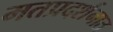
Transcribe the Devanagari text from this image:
मतप्रदर्शनात